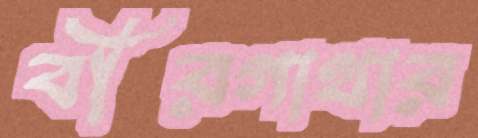
বীরগাথার